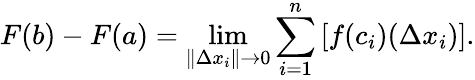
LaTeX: F(b)-F(a)=\operatorname*{lim}_{\| \Delta x_{i}\| \to 0}\sum_{i=1}^{n}\, [f(c_{i})(\Delta x_{i})].